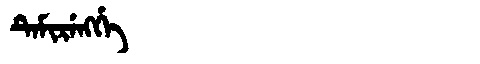
Manchu: ᡨᡝᠮᡳᡵᡝᠩᡤᡝ
Romanization: TEMIRENGGE